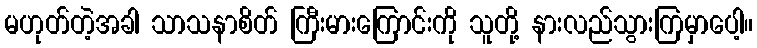
မဟုတ်တဲ့အခါ သာသနာစိတ် ကြီးမားကြောင်းကို သူတို့ နားလည်သွားကြမှာပေါ့။